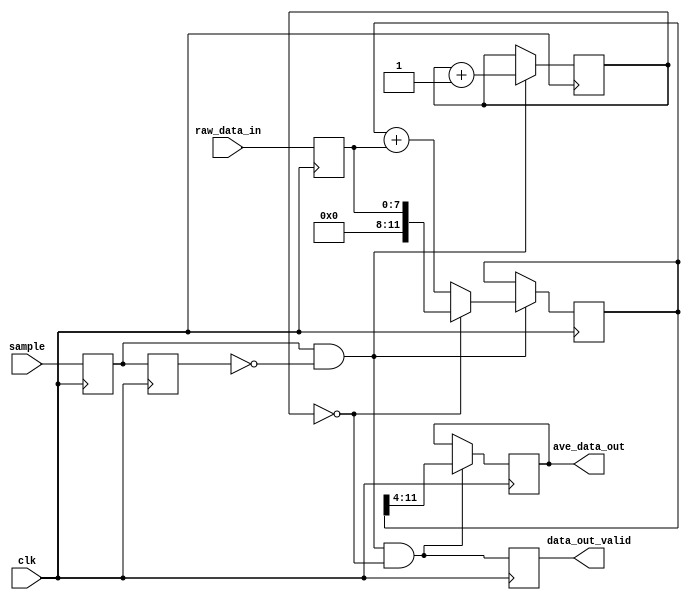
module BOX_AVE (
	clk,
	sample,
	raw_data_in,
	ave_data_out,
    data_out_valid);

parameter 
ADC_WIDTH = 8,				// ADC Convertor Bit Precision
LPF_DEPTH_BITS = 4;         // 2^LPF_DEPTH_BITS is decimation rate of averager

//input ports
input	clk;                                // sample rate clock
input	sample;				                // raw_data_in is good on rising edge, 
input	[ADC_WIDTH-1:0]	raw_data_in;		// raw_data input

//output ports
output [ADC_WIDTH-1:0]	ave_data_out;		// ave data output
output data_out_valid;                      // ave_data_out is valid, single pulse

reg [ADC_WIDTH-1:0]	ave_data_out;		
//**********************************************************************
//
//	Internal Wire & Reg Signals
//
//**********************************************************************
reg [ADC_WIDTH+LPF_DEPTH_BITS-1:0]      accum;          // accumulator
reg [LPF_DEPTH_BITS-1:0]                count;          // decimation count
reg [ADC_WIDTH-1:0]  					raw_data_d1;    // pipeline register

reg sample_d1, sample_d2;                               // pipeline registers
reg result_valid;                                       // accumulator result 'valid'
wire accumulate;                                        // sample rising edge detected
wire latch_result;                                      // latch accumulator result

//***********************************************************************
//
//  Rising Edge Detection and data alignment pipelines
//
//***********************************************************************
always @(posedge clk)
begin
		sample_d1 <= sample;                // capture 'sample' input
		sample_d2 <= sample_d1;             // delay for edge detection
		raw_data_d1 <= raw_data_in; 	    // pipeline 
		result_valid <= latch_result;		// pipeline for alignment with result
end

assign		accumulate = sample_d1 && !sample_d2;	    // 'sample' rising_edge detect
assign		latch_result = accumulate && (count == 0);	// latch accum. per decimation count

//***********************************************************************
//
//  Accumulator Depth counter
//
//***********************************************************************
always @(posedge clk)
begin
	    if (accumulate)	count <= count + 1;         // incr. count per each sample
end
//***********************************************************************
//
//  Accumulator
//
//***********************************************************************
always @(posedge clk)
begin
        if (accumulate)
            if(count == 0)                      // reset accumulator
    		    accum <= raw_data_d1;           // prime with first value
            else
                accum <= accum + raw_data_d1;   // accumulate	
end
	
//***********************************************************************
//
//  Latch Result
//
//  ave = (summation of 'n' samples)/'n'  is right shift when 'n' is power of two
//
//***********************************************************************
always @(posedge clk)
begin
	if (latch_result) begin            // at end of decimation period...
        ave_data_out <= accum >> LPF_DEPTH_BITS;	  // ... save accumulator/n result
    end
end

assign data_out_valid = result_valid;       // output assignment

endmodule